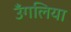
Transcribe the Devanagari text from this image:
उँगलिया